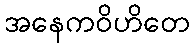
အနေကဝိဟိတေ